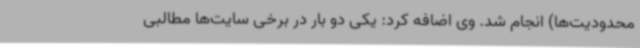
محدودیت‌ها) انجام شد. وی اضافه کرد: یکی دو بار در برخی سایت‌ها مطالبی